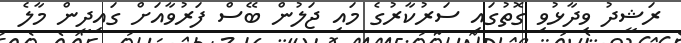
ރަޝީދު ވިދާޅުވި ގޮތުގައި ސަރުކާރުގެ މައި ޖަލުން ބޭސް ފަރުވާއަށް ގައިދީން މާލެ